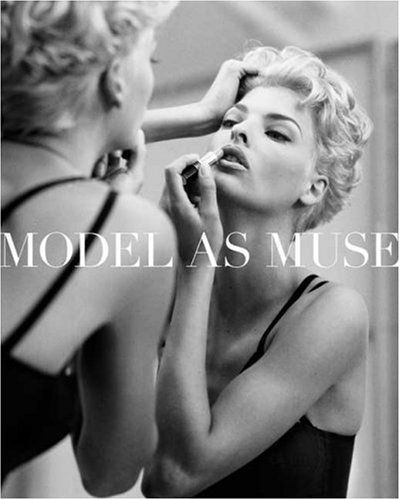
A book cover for The Model as Muse: Embodying Fashion (Metropolitan Museum of Art); Harold Koda; Arts & Photography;